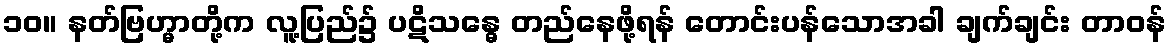
၁၀။ နတ်ဗြဟ္မာတို့က လူ့ပြည်၌ ပဋိသန္ဓေ တည်နေဖို့ရန် တောင်းပန်သောအခါ ချက်ချင်း တာဝန်